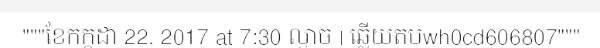
"""ខែកក្កដា 22, 2017 at 7:30 ល្ងាច | ឆ្លើយតបwh0cd606807"""